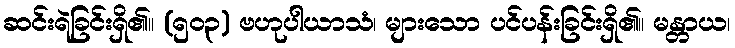
ဆင်းရဲခြင်းရှိ၏။ (၅၀၃) ဗဟုပါယာသံ၊ များသော ပင်ပန်းခြင်းရှိ၏။ မန္တာယ၊